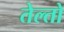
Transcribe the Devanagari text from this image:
तेल्तो